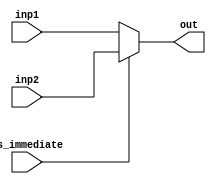
module Mux32
  (
    input is_immediate,
    input [31:0] inp1,inp2,
    output [31:0] out
  );
  assign out = (is_immediate)?(inp2):(inp1);
endmodule

module Mux5
  (
    input is_immediate,
    input [4:0] inp1,inp2,
    output [4:0] out
  );
  assign out = (is_immediate)?(inp2):(inp1);
endmodule

module Mux9
  (
    input sel,
    input [9:0] inp1, inp2,
    output [9:0] out
  );
  assign out = (sel) ? (inp2) : (inp1);
endmodule

module Mux_3to1
  (
    input[1:0] sel,
    input[31:0] inp1, inp2, inp3,
    output[31:0] out
  );
  assign out = (sel == 2'b01) ? inp2 :
               (sel == 2'b10) ? inp3 :
               inp1;
endmodule